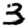
Digit: 3